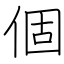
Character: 個